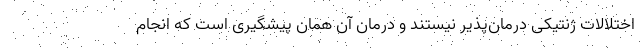
اختلالات ژنتیکی درمان‌پذیر نیستند و درمان آن همان پیشگیری است که انجام